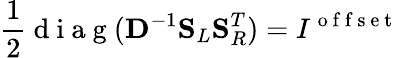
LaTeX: \frac{1}{2}\mathrm{~d~i~a~g~}(\mathbf{D}^{-1}\mathbf{S}_{L}\mathbf{S}_{R}^{T})=I^{\mathrm{~o~f~f~s~e~t~}}